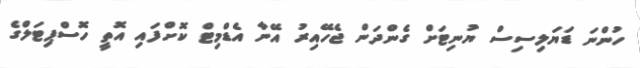
ހުންނަ ޑަޔަލިސިސް ޔުނިޓަށް ގެންދަން ޖެހޭއިރު އޭނާ އެޑްމިޓް ކޮށްފައި އޮތީ ހޮސްޕިޓަލްގެ